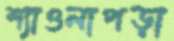
শ্যাওলাপড়া